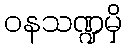
ဝနသဏ္ဍမှိ